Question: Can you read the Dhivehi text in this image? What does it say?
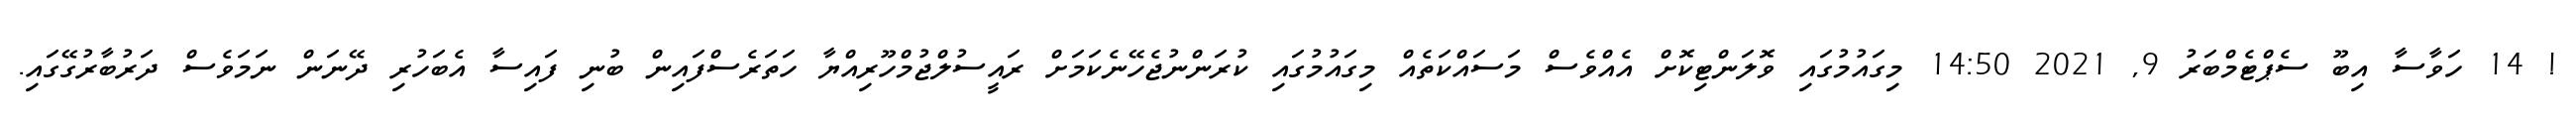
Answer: ! 14 ހަވާސާ އިބޫ ސެޕްޓެމްބަރު 9, 2021 14:50 މިގައުމުގައި ވޮލަންޓިކޮށް އެއްވެސް މަސައްކަތެއް މިގައުމުގައި ކުރަންނުޖެހޭނެކަމަށް ރައީސުލްޖުމްހޫރިއްޔާ ހަތަރެސްފައިން ބުނި ފައިސާ އެބަހުރި ދޭނަން ނަމަވެސް ދަރުބާރުގޭގައި.